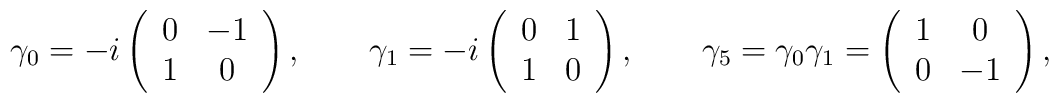
\gamma _{0}=-i\left( \begin{array}{cc}0 & -1 \\ 1 & 0\end{array}\right) ,\qquad \gamma _{1}=-i\left( \begin{array}{cc}0 & 1 \\ 1 & 0\end{array}\right) , \qquad \gamma _{5}=\gamma _{0}\gamma _{1} =\left( \begin{array}{cc}1 & 0 \\ 0 & -1\end{array}\right),